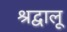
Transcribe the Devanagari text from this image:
श्रद्वालू